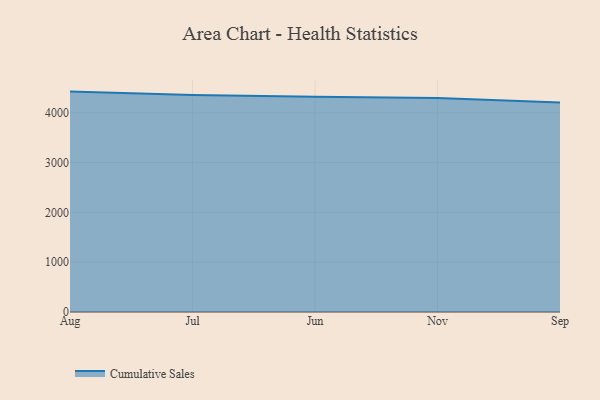
{"axis": {"x": "Month", "y": "Market Share (%)"}, "legend": ["Cumulative Sales"], "data": [{"x": "Aug", "y": 4424.6, "type": "Cumulative Sales"}, {"x": "Jul", "y": 4354.3, "type": "Cumulative Sales"}, {"x": "Jun", "y": 4321.7, "type": "Cumulative Sales"}, {"x": "Nov", "y": 4293.8, "type": "Cumulative Sales"}, {"x": "Sep", "y": 4207.1, "type": "Cumulative Sales"}]}